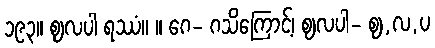
၁၉၃။ ဈလပါ ရဿံ။ ။ ဂေ- ဂသိကြောင့်၊ ဈလပါ- ဈ,လ,ပ